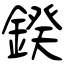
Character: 鍨